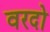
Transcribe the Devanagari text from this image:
वरदो